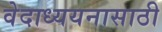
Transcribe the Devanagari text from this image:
वेदाध्ययनासाठी